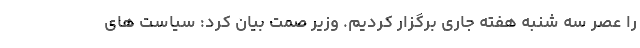
را عصر سه شنبه هفته جاری برگزار کردیم. وزیر صمت بیان کرد: سیاست های